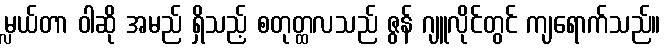
မ္လယ်တာ ဝါဆို အမည် ရှိသည့် စတုတ္ထလသည် ဇွန် ဂျူလိုင်တွင် ကျရောက်သည်။